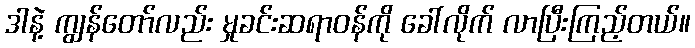
ဒါနဲ့ ကျွန်တော်လည်း မှုခင်းဆရာဝန်ကို ခေါ်လိုက် လာပြီးကြည့်တယ်။